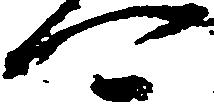
可